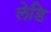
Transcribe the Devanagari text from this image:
लेडि